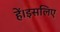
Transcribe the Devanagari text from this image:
हें।इसलिए